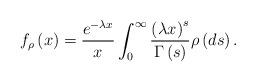
LaTeX: \begin{align*}f_{\rho }\left( x\right) =\frac{e^{-\lambda x}}{x}\int_{0}^{\infty }\frac{\left( \lambda x\right) ^{s}}{\Gamma \left( s\right) }\rho \left( ds\right) .\end{align*}